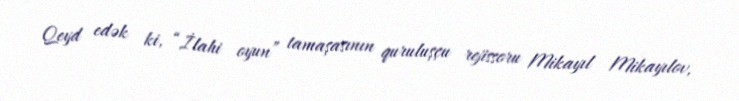
Qeyd edək ki, “İlahi oyun” tamaşasının quruluşçu rejissoru Mikayıl Mikayılov,